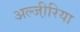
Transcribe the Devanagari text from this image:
अल्जी़रिया